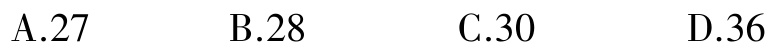
A.27  B.28  C.30  D.36